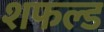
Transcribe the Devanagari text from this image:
शफल्ड